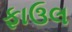
ફાઉલ